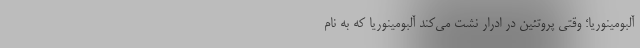
آلبومینوریا؛ وقتی پروتئین در ادرار نشت می‌کند آلبومینوریا که به نام